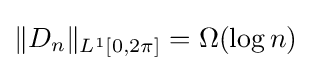
\|D_{n}\|_{L^{1}[0,2\pi ]}=\Omega (\log n)